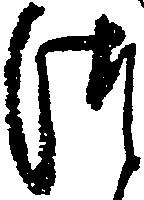
つ